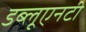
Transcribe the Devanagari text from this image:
डब्लूएनटी